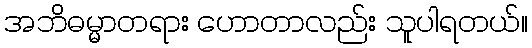
အဘိဓမ္မာတရား ဟောတာလည်း သူပါရတယ်။